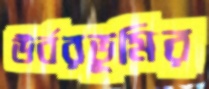
উর্বরভূমির